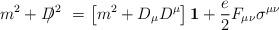
LaTeX: \begin{align*}m^2+D^2\hskip -11pt / \hskip 10pt =\left[m^2+D_\mu D^\mu\right] {\bf 1} +\frac{e}{2}F_{\mu\nu} \sigma^{\mu\nu}\end{align*}